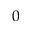
0